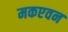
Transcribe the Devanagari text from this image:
मकएवन